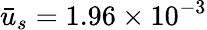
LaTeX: \bar{u}_{s}=1.96\times{10^{-3}}